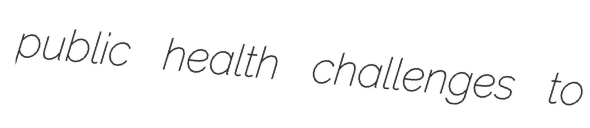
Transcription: public health challenges to